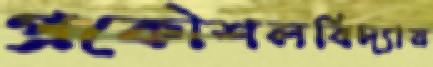
প্রকৌশলবিদ্যায়